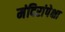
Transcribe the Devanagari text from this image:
मंदिरांपेक्षा